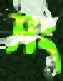
সং